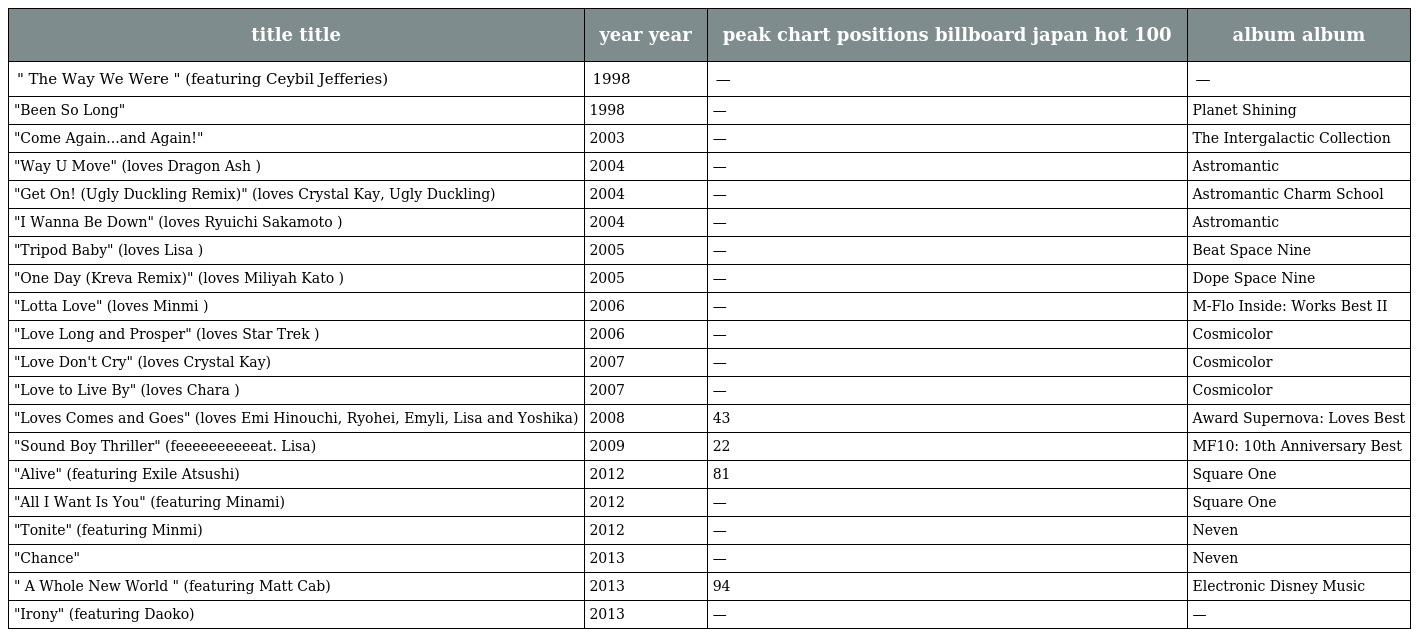
| title title | year year | peak chart positions billboard japan hot 100 | album album |
 | --- | --- | --- | --- |
 | " The Way We Were " (featuring Ceybil Jefferies) | 1998 | — | — |
 | "Been So Long" | 1998 | — | Planet Shining |
 | "Come Again...and Again!" | 2003 | — | The Intergalactic Collection |
 | "Way U Move" (loves Dragon Ash ) | 2004 | — | Astromantic |
 | "Get On! (Ugly Duckling Remix)" (loves Crystal Kay, Ugly Duckling) | 2004 | — | Astromantic Charm School |
 | "I Wanna Be Down" (loves Ryuichi Sakamoto ) | 2004 | — | Astromantic |
 | "Tripod Baby" (loves Lisa ) | 2005 | — | Beat Space Nine |
 | "One Day (Kreva Remix)" (loves Miliyah Kato ) | 2005 | — | Dope Space Nine |
 | "Lotta Love" (loves Minmi ) | 2006 | — | M-Flo Inside: Works Best II |
 | "Love Long and Prosper" (loves Star Trek ) | 2006 | — | Cosmicolor |
 | "Love Don't Cry" (loves Crystal Kay) | 2007 | — | Cosmicolor |
 | "Love to Live By" (loves Chara ) | 2007 | — | Cosmicolor |
 | "Loves Comes and Goes" (loves Emi Hinouchi, Ryohei, Emyli, Lisa and Yoshika) | 2008 | 43 | Award Supernova: Loves Best |
 | "Sound Boy Thriller" (feeeeeeeeeeat. Lisa) | 2009 | 22 | MF10: 10th Anniversary Best |
 | "Alive" (featuring Exile Atsushi) | 2012 | 81 | Square One |
 | "All I Want Is You" (featuring Minami) | 2012 | — | Square One |
 | "Tonite" (featuring Minmi) | 2012 | — | Neven |
 | "Chance" | 2013 | — | Neven |
 | " A Whole New World " (featuring Matt Cab) | 2013 | 94 | Electronic Disney Music |
 | "Irony" (featuring Daoko) | 2013 | — | — |